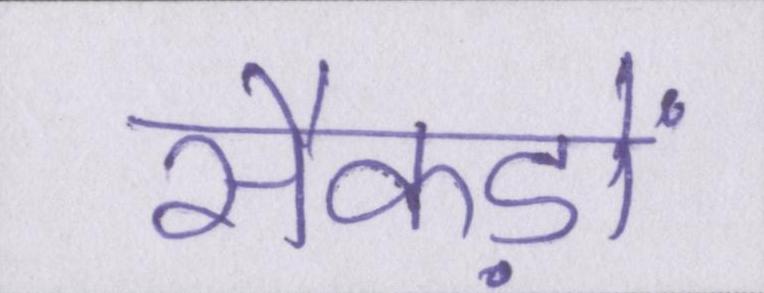
सैकड़ों